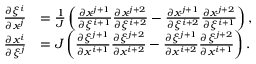
\begin{array} { r l } { \frac { \partial \xi ^ { i } } { \partial x ^ { j } } } & { = \frac { 1 } { J } \left( \frac { \partial x ^ { j + 1 } } { \partial \xi ^ { i + 1 } } \frac { \partial x ^ { j + 2 } } { \partial \xi ^ { i + 2 } } - \frac { \partial x ^ { j + 1 } } { \partial \xi ^ { i + 2 } } \frac { \partial x ^ { j + 2 } } { \partial \xi ^ { i + 1 } } \right) , } \\ { \frac { \partial x ^ { i } } { \partial \xi ^ { j } } } & { = J \left( \frac { \partial \xi ^ { j + 1 } } { \partial x ^ { i + 1 } } \frac { \partial \xi ^ { j + 2 } } { \partial x ^ { i + 2 } } - \frac { \partial \xi ^ { j + 1 } } { \partial x ^ { i + 2 } } \frac { \partial \xi ^ { j + 2 } } { \partial x ^ { i + 1 } } \right) . } \end{array}